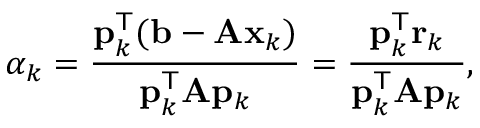
\alpha _ { k } = { \frac { \mathbf { p } _ { k } ^ { \mathsf { T } } ( \mathbf { b } - \mathbf { A x } _ { k } ) } { \mathbf { p } _ { k } ^ { \mathsf { T } } \mathbf { A } \mathbf { p } _ { k } } } = { \frac { \mathbf { p } _ { k } ^ { \mathsf { T } } \mathbf { r } _ { k } } { \mathbf { p } _ { k } ^ { \mathsf { T } } \mathbf { A } \mathbf { p } _ { k } } } ,